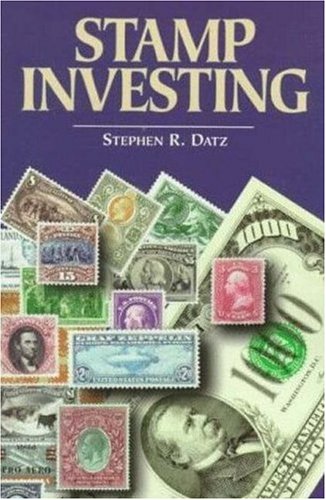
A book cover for Stamp Investing; Stephen R. Datz; Crafts, Hobbies & Home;